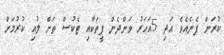
ކުރަން ފެނެއެވެ އަދި 5އަހަރު ވަންދެން ފީތަކާއި ޓެކުސް ތަށް ލުއި ކުރުމަށް